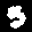
Label: 3